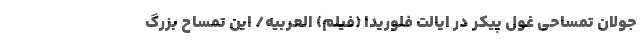
جولان تمساحی غول پیکر در ایالت فلوریدا (فیلم) العربیه/ این تمساح بزرگ